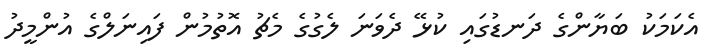
އެކަމަކު ބަޔާންގެ ދަނޑުގައި ކުޅޭ ދެވަނަ ލެގުގެ މެޗު އޮތުމުން ފައިނަލްގެ އުންމީދު